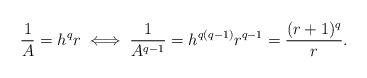
LaTeX: \begin{align*}\frac{1}{A} = h^qr \iff \frac{1}{A^{q-1}} = h^{q(q-1)}r^{q-1} = \frac{(r+1)^q}{r}.\end{align*}